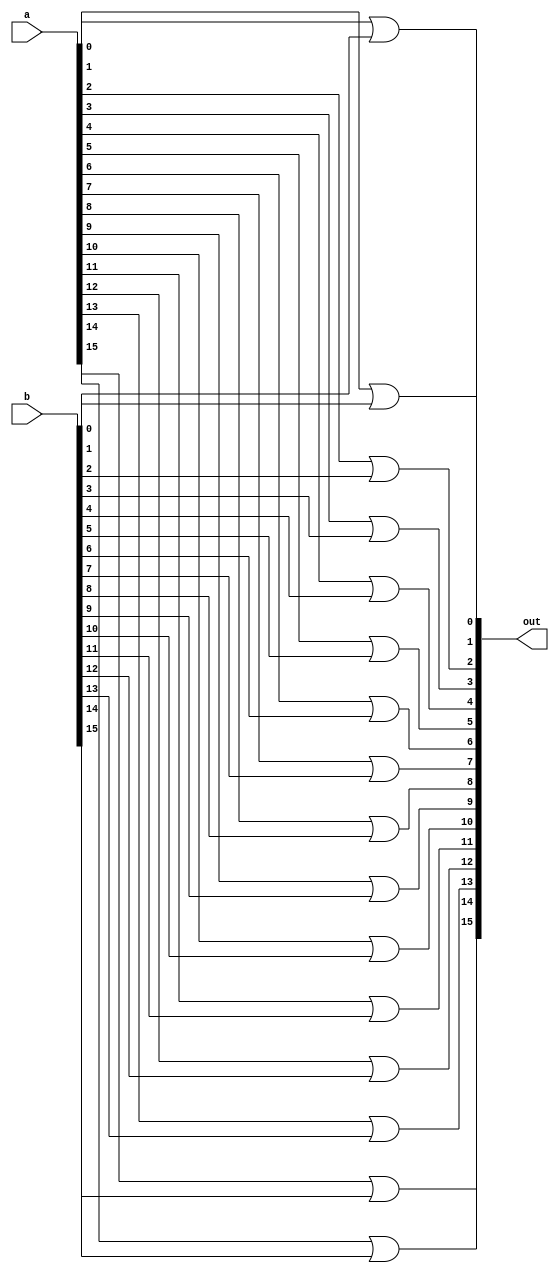
/* Mdulo MUX */
`ifndef _Or16_
`define _Or16_

module Or16 (out,a,b);
  input [15:0] a;
  input [15:0] b;
  output [15:0] out;

  //Descrio
  or or0(out[0], a[0], b[0]);
  or or1(out[1], a[1], b[1]);
  or or2(out[2], a[2], b[2]);
  or or3(out[3], a[3], b[3]);
  or or4(out[4], a[4], b[4]);
  or or5(out[5], a[5], b[5]);
  or or6(out[6], a[6], b[6]);
  or or7(out[7], a[7], b[7]);
  or or8(out[8], a[8], b[8]);
  or or9(out[9], a[9], b[9]);
  or or10(out[10], a[10], b[10]);
  or or11(out[11], a[11], b[11]);
  or or12(out[12], a[12], b[12]);
  or or13(out[13], a[13], b[13]);
  or or14(out[14], a[14], b[14]);
  or or15(out[15], a[15], b[15]);

endmodule
`endif